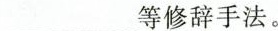
___等修辞手法。